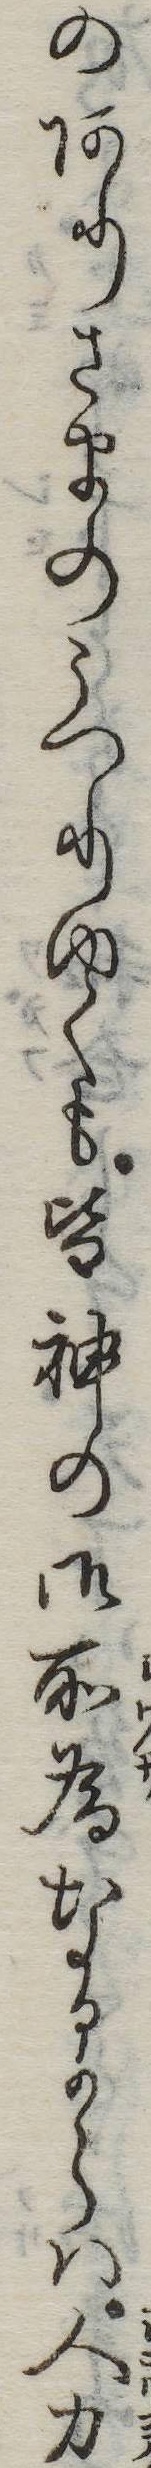
のありさまのうつりゆくも皆神の御所為なるからは人力